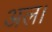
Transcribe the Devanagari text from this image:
अल।